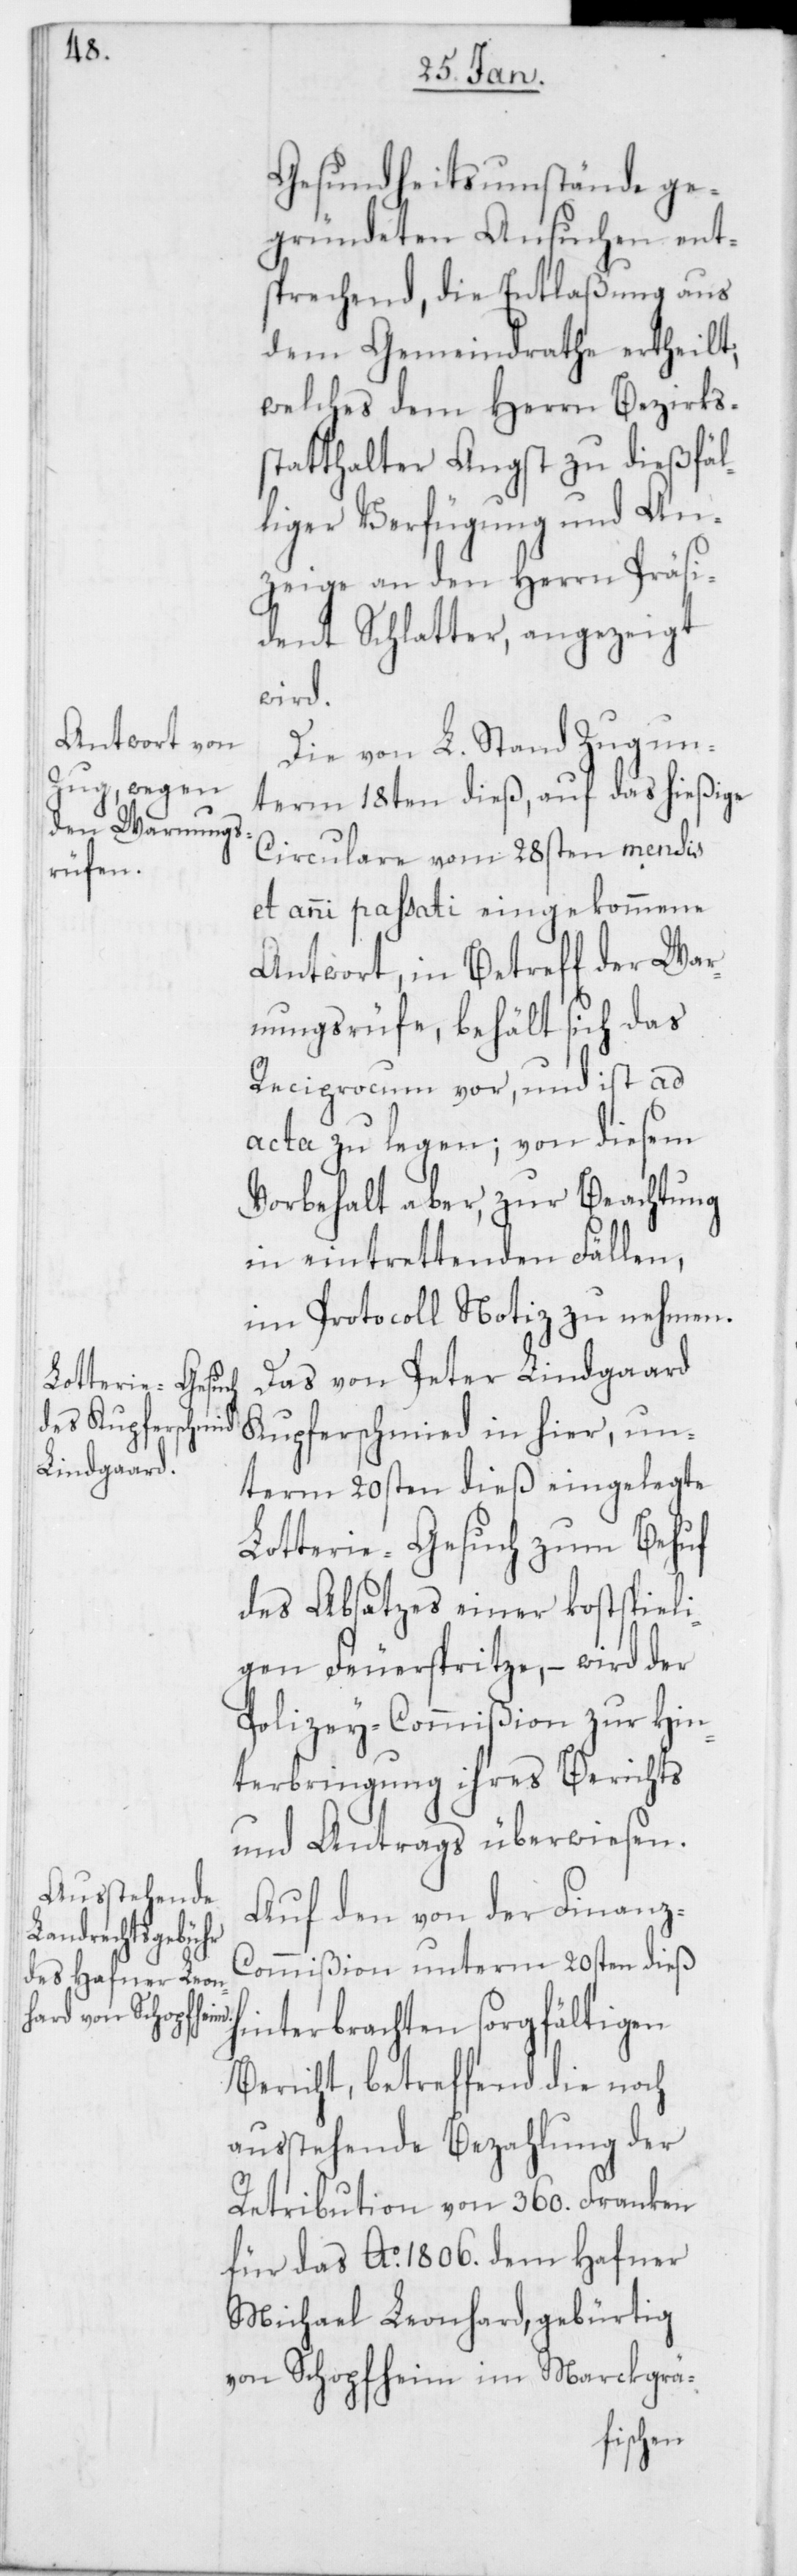
Gesundheitsumstände ge¬
gründeten Ansuchen ent¬
sprechend, die Entlaßung aus
dem Gemeindrathe ertheilt,
welches dem Herrn Bezirks¬
statthalter Angst zu dießfäl¬
liger Verfügung und An¬
zeige an den Herrn Präsi¬
dent Schlatter angezeigt
wird.
Die von L. Stand Zug un¬
term 18ten dieß, auf das hießige
Circulare vom 28sten mensis
et anni passati eingekommene
Antwort, in Betreff der War¬
nungsrüfe, behält sich das
Reciprocum vor, und ist ad
acta zu legen, von diesem
Vorbehalt aber, zur Beachtung
in eintrettenden Fällen,
im Protocoll Notiz zu nehmen.
Das von Peter Lindgaard
Kuferschmied in hier, un¬
term 20sten dieß eingelegte
Lotterie-Gesuch zum Behuf
des Absatzes einer kostspieli¬
gen Feuerspritze, – wird der
Polizey-Commißion zur Hin¬
terbringung ihres Berichts
und Antrags überwiesen.
Auf den von der Finanz-C¬
ommißion unterm 20sten dieß
hinterbrachten sorgfältigen
Bericht, betreffend die noch
ausstehende Bezahlung der
Retribution von 360. Franken
für das Ao. 1806. dem Hafner
Michael Leonhard, gebürtig
von Schopfheim im Markgrä-